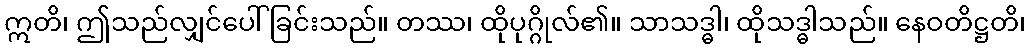
ဣတိ၊ ဤသည်လျှင်ပေါ်ခြင်းသည်။ တဿ၊ ထိုပုဂ္ဂိုလ်၏။ သာသဒ္ဓါ၊ ထိုသဒ္ဓါသည်။ နေဝတိဋ္ဌတိ၊